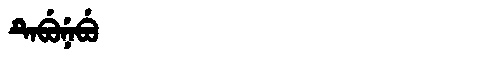
Manchu: ᡨᡝᠪᡠᠨᡝᠪᡠ
Romanization: TEBUNEBU